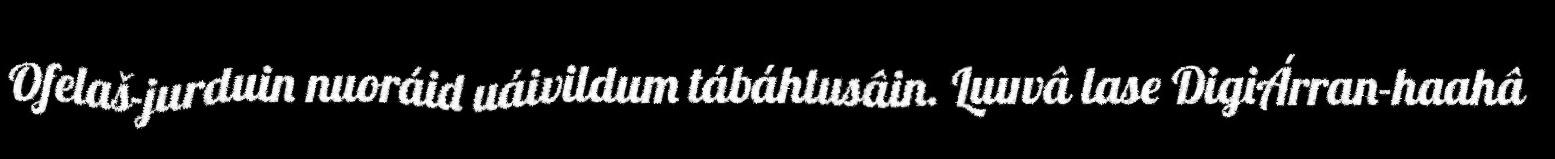
Ofelaš-jurduin nuoráid uáivildum tábáhtusâin. Luuvâ lase DigiÁrran-haahâ